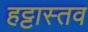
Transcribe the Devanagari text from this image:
हट्टास्तव